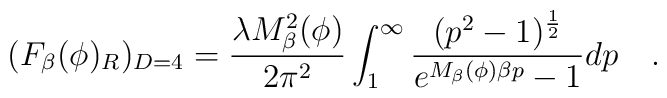
(F_{\beta}(\phi)_R)_{D=4}=\frac{\lambda M_{\beta}^2(\phi)}{2\pi^2}\int_1^\infty \frac{(p^2-1)^{\frac12}}{e^{M_{\beta}(\phi)\beta p}-1}dp \quad .